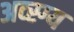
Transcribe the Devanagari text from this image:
अव्स्ग्य